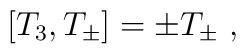
[T_3, T_{\pm} ] = \pm T_\pm \ ,